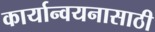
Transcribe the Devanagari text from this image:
कार्यान्वयनासाठी